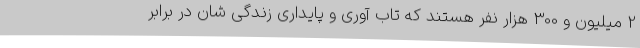
2 میلیون و 300 هزار نفر هستند که تاب آوری و پایداری زندگی شان در برابر